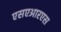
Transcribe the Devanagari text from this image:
एसएआरएस